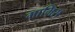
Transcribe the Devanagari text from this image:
मामिस